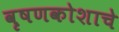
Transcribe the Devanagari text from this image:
वृषणकोशाचे